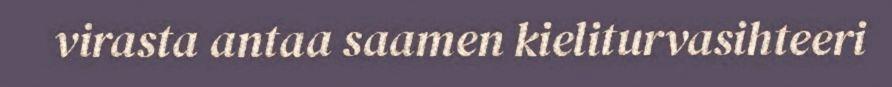
virasta antaa saamen kieliturvasihteeri